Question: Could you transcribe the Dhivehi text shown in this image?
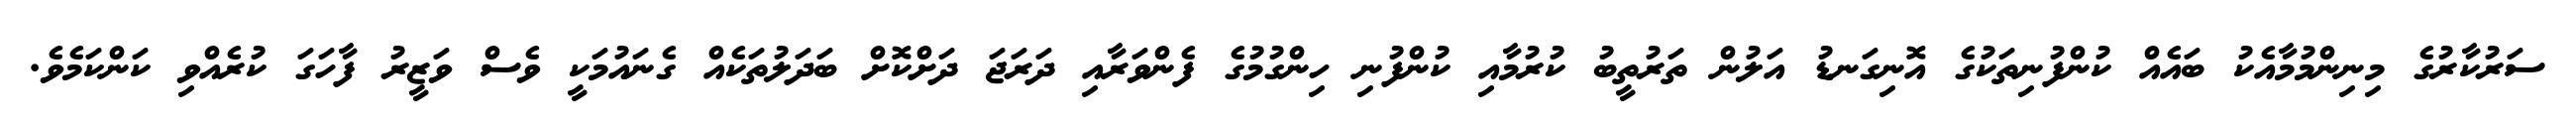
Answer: ސަރުކާރުގެ މިނިންމުމާއެކު ބައެއް ކުންފުނިތަކުގެ އޮނިގަނޑު އަލުން ތަރުތީބު ކުރުމާއި ކުންފުނި ހިންގުމުގެ ފެންވަރާއި ދަރަޖަ ދަށްކޮށް ބަދަލުތަކެއް ގެނައުމަކީ ވެސް ވަޒީރު ފާހަގަ ކުރެއްވި ކަންކަމެވެ.